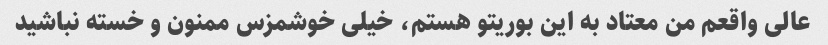
عالی واقعم من معتاد به این بوریتو هستم، خیلی خوشمزس ممنون و خسته نباشید